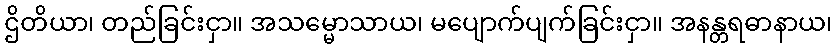
ဌိတိယာ၊ တည်ခြင်းငှာ။ အသမ္မောသာယ၊ မပျောက်ပျက်ခြင်းငှာ။ အနန္တရဓာနာယ၊